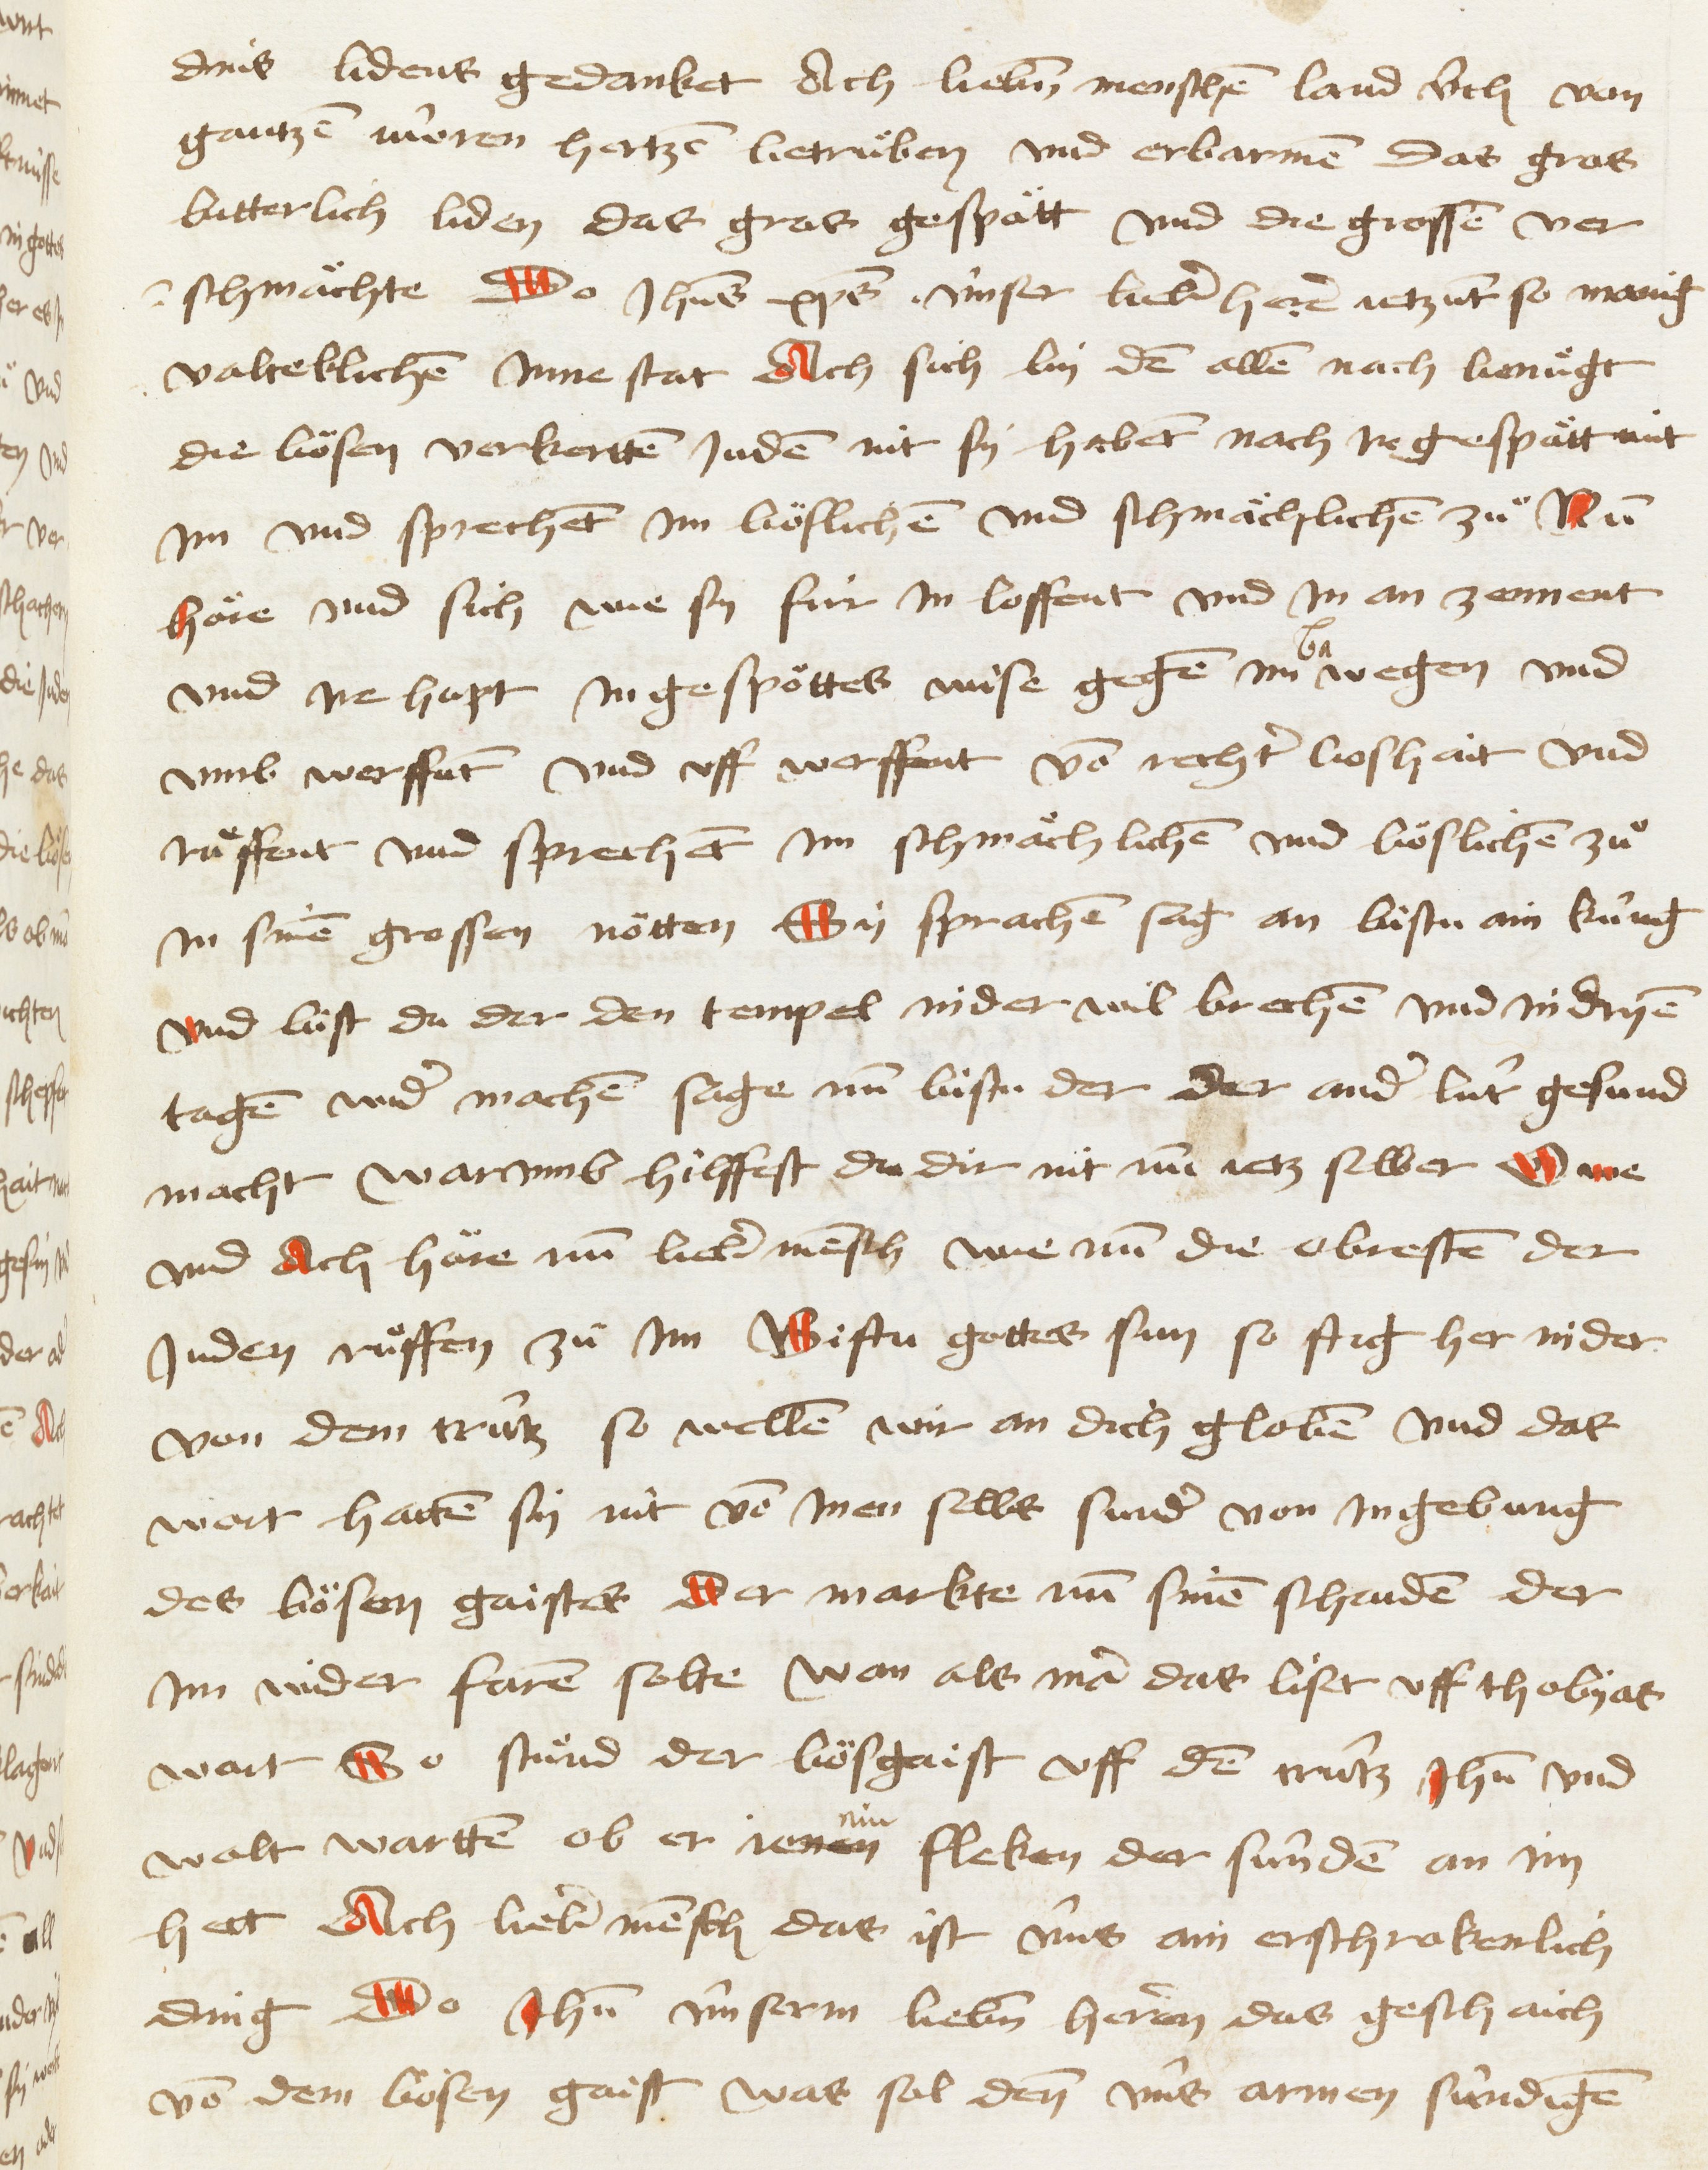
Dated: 1467–1467